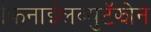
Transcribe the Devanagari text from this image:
फिनाईलब्युटॅझोन